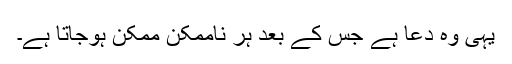
یہی وہ دعا ہے جس کے بعد ہر ناممکن ممکن ہوجاتا ہے۔